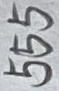
Text: 555